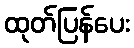
ထုတ်ပြန်ပေး